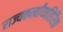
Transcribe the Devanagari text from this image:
राज्यकर्त्यांव्यतिरिक्त